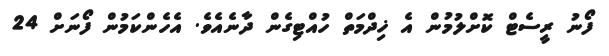
ފޯނު ރީސެޓް ކޮށްލުމުން އެ ޚިދްމަތް ހުއްޓިގެން ދާނެއެވެ. އެހެންކަމުން ފޯނަށް 24